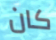
كان